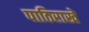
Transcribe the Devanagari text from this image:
पाठिराखे